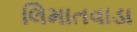
લિમાતવાડા